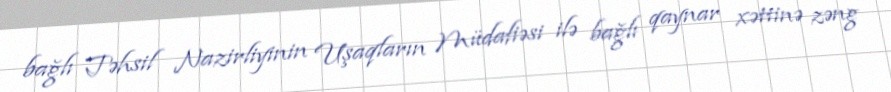
bağlı Təhsil Nazirliyinin Uşaqların Müdafiəsi ilə bağlı qaynar xəttinə zəng